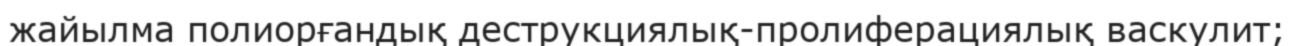
жайылма полиорғандық деструкциялық-пролиферациялық васкулит;